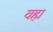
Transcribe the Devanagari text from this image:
वह्म